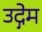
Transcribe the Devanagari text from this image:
उद्गेम